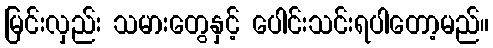
မြင်းလှည်း သမားတွေနှင့် ပေါင်းသင်းရပါတော့မည်။